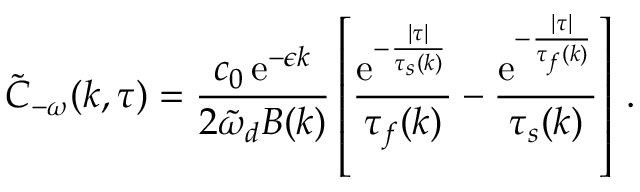
\widetilde { C } _ { - \omega } ( k , \tau ) = \frac { c _ { 0 } \, \mathrm { e } ^ { - \epsilon k } } { 2 \tilde { \omega } _ { d } B ( k ) } \left[ \frac { \mathrm { e } ^ { - \frac { \lvert \tau \rvert } { \tau _ { s } ( k ) } } } { \tau _ { f } ( k ) } - \frac { \mathrm { e } ^ { - \frac { \lvert \tau \rvert } { \tau _ { f } ( k ) } } } { \tau _ { s } ( k ) } \right] \, .